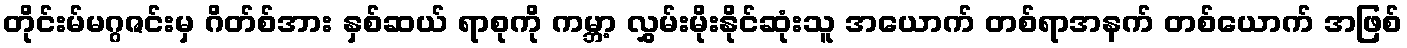
တိုင်းမ်မဂ္ဂဇင်းမှ ဂိတ်စ်အား နှစ်ဆယ် ရာစုကို ကမ္ဘာ့ လွှမ်းမိုးနိုင်ဆုံးသူ အယောက် တစ်ရာအနက် တစ်ယောက် အဖြစ်